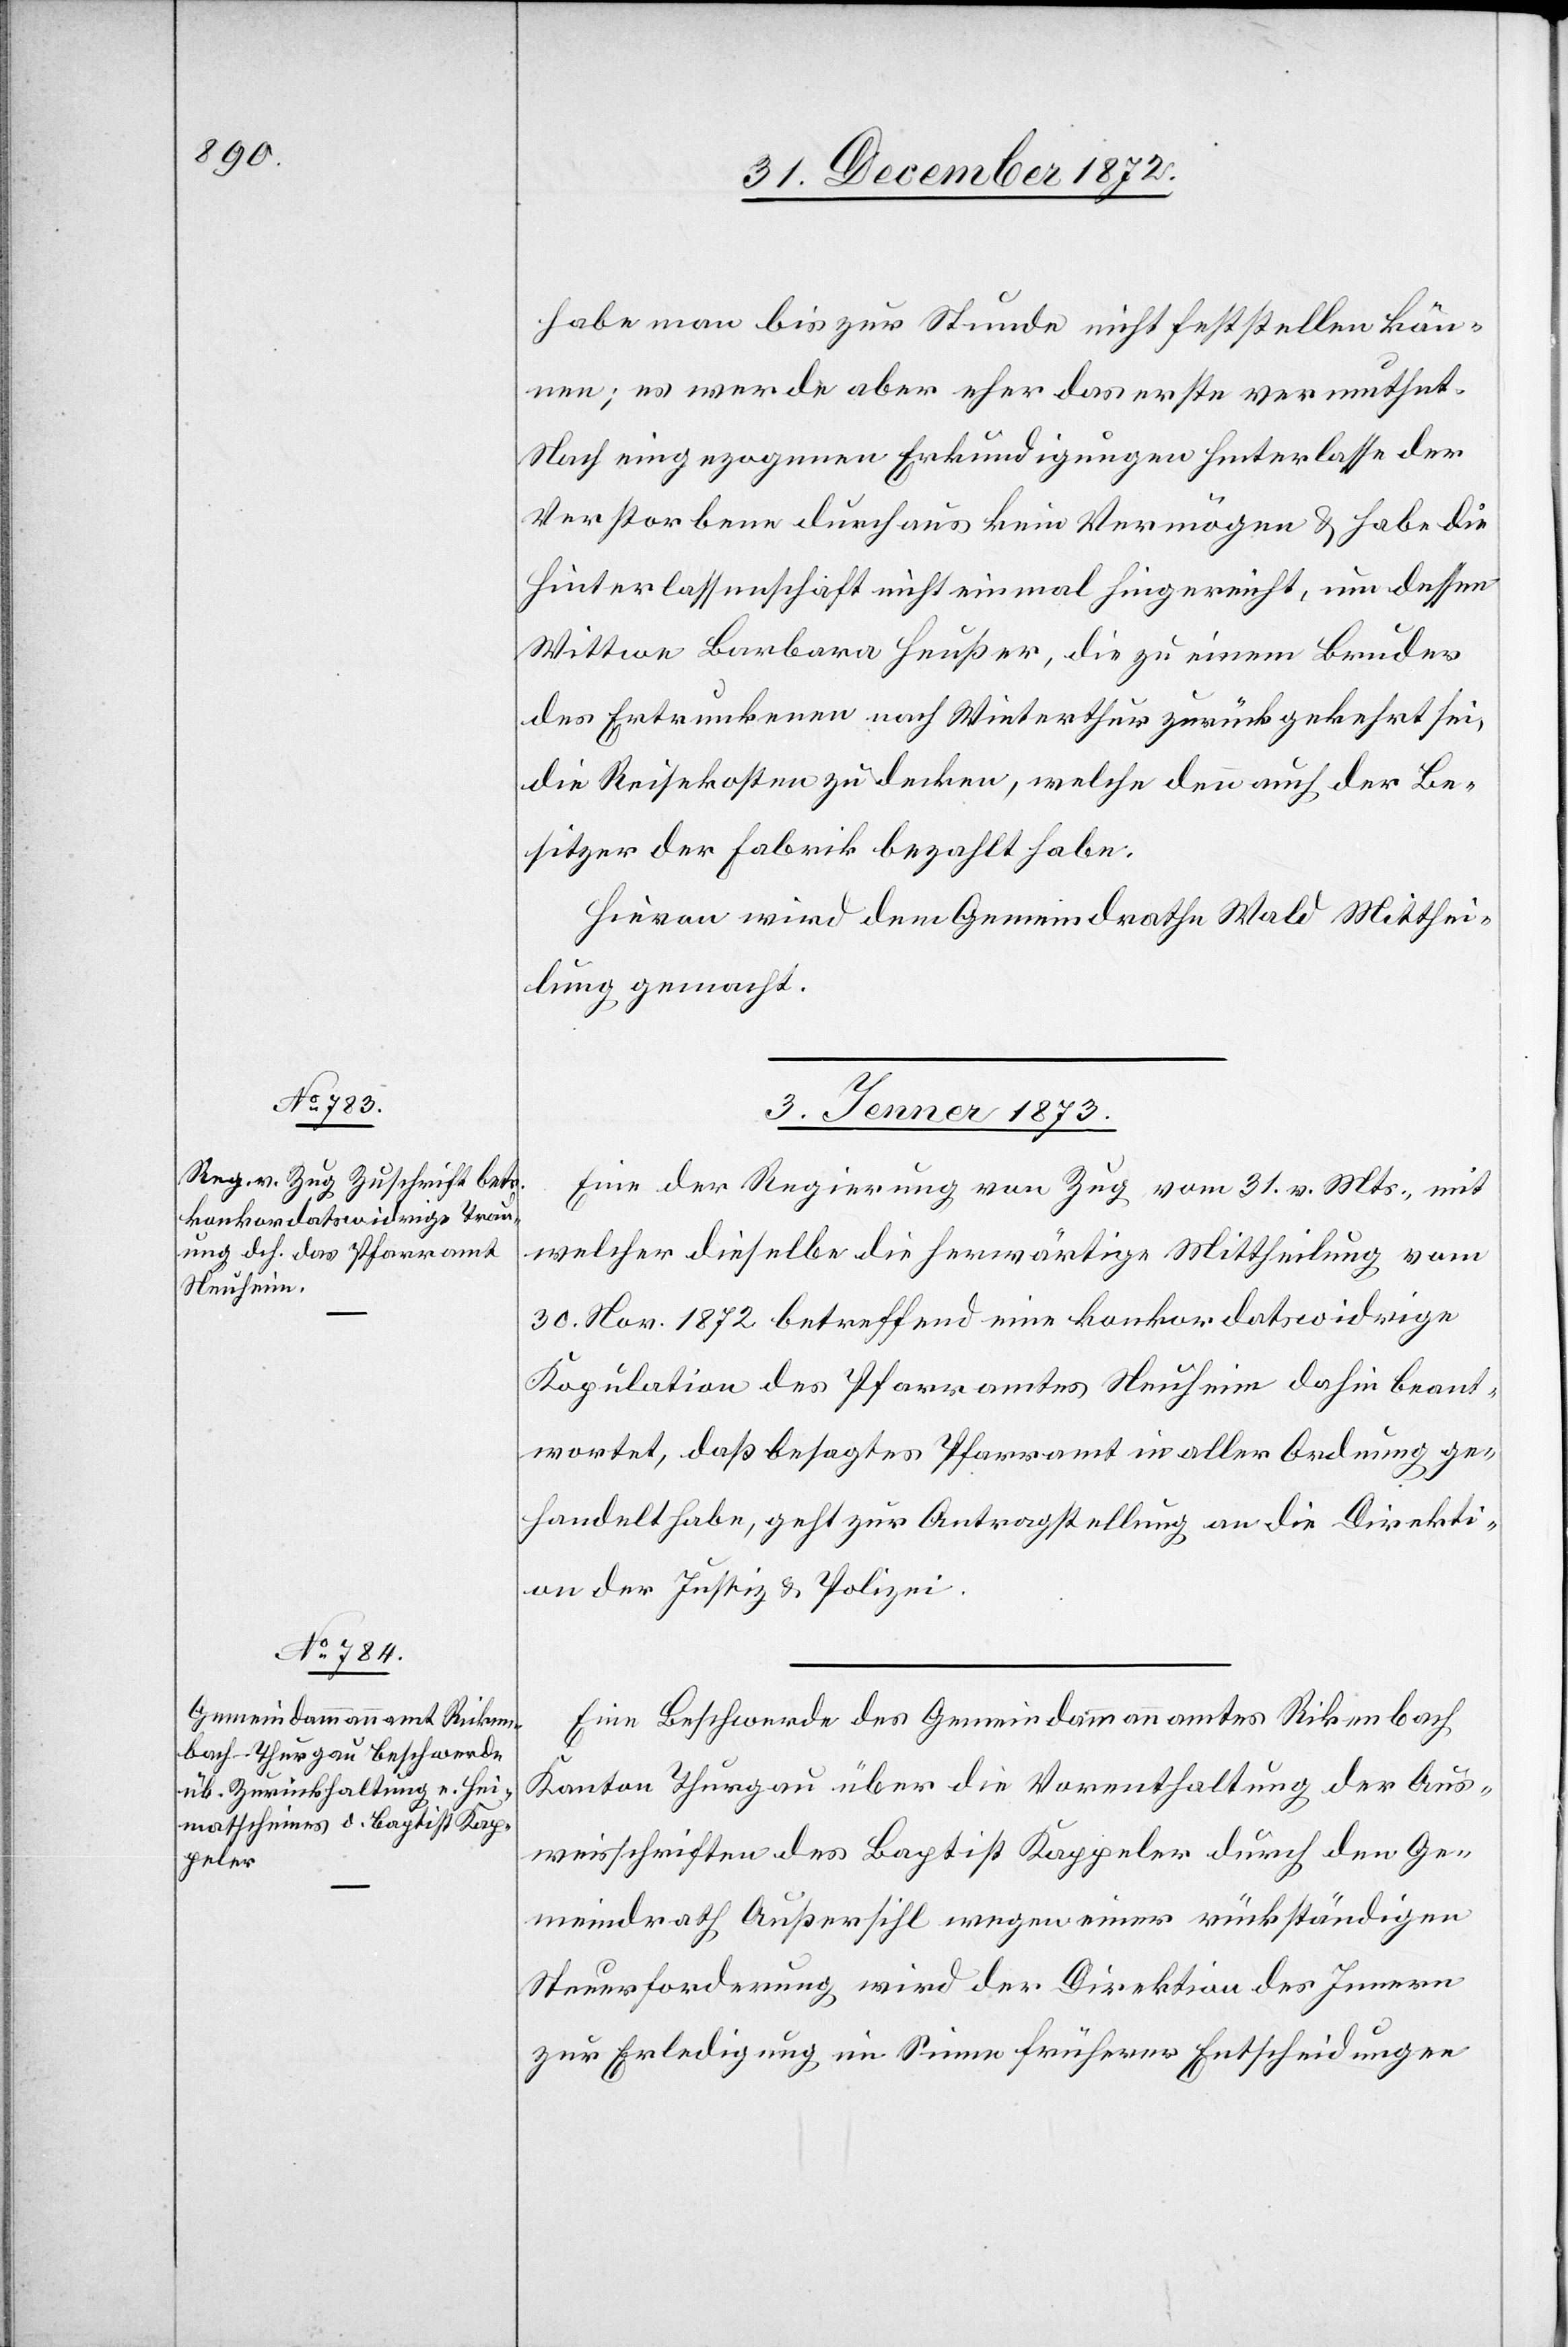
habe man bis zur Stunde nicht feststellen kön¬
nen; es werde aber eher das erste vermuthet.
Nach eingezogenen Erkundigungen hinterlasse der
Verstorbene durchaus kein Vermögen u. habe die
Hinterlassenschaft nicht einmal hingereicht, um dessen
Wittwe Barbara Heußer, die zu einem Bruder
des Ertrunkenen nach Winterthur zurückgekehrt sei,
die Reisekosten zu decken, welche denn auch der Be¬
sitzer der Fabrik bezahlt habe.
Hievon wird dem Gemeindrathe Wald Mitthei¬
lung gemacht.
3. Jenner 1873.]
Eine der Regierung von Zug vom 31. v. Mts., mit
welcher dieselbe die herwärtige Mittheilung vom
30. Nov. 1872 betreffend eine konkordatswidrige
Kopulation des Pfarramtes Neuheim dahin beant¬
wortet, daß besagtes Pfarramt in aller Ordnung ge¬
handelt habe, geht zur Antragstellung an die Direkti¬
on der Justiz u. Polizei.
Eine Beschwerde des Gemeindammannamtes Rickenbach
Kanton Thurgau über die Vorenthaltung der Aus¬
weisschriften des Baptist Kappeler durch den Ge¬
meindrath Außersihl wegen einer rückständigen
Steuerforderung wird der Direktion des Innern
zur Erledigung im Sinne früherer Entscheidungen